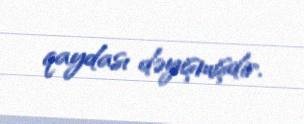
qaydası dəyişmişdir.